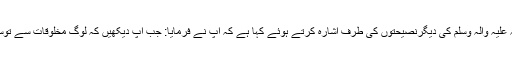
حجۃ الاسلام مومنی نے پیغمبراکرم صلی اللہ علیہ وآلہ وسلم کی دیگرنصیحتوں کی طرف اشارہ کرتے ہوئے کہا ہے کہ آپ نے فرمایا: جب آپ دیکھیں کہ لوگ مخلوقات سے توسل کررہے ہیں تو آپ خالق سے توسل کریں۔